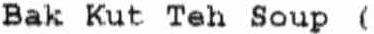
BAK KUT TEH SOUP (